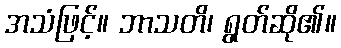
အသံဖြင့်။ ဘာသတိ၊ ရွတ်ဆို၏။